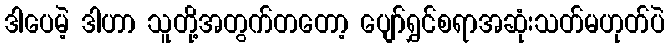
ဒါပေမဲ့ ဒါဟာ သူတို့အတွက်တတော့ ပျော်ရွှင်စရာအဆုံးသတ်မဟုတ်ပဲ